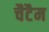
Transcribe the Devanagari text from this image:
चैटैम